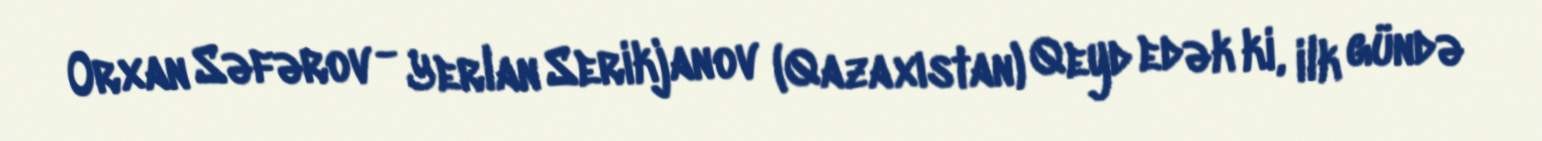
Orxan Səfərov - Yerlan Serikjanov (Qazaxıstan) Qeyd edək ki, ilk gündə